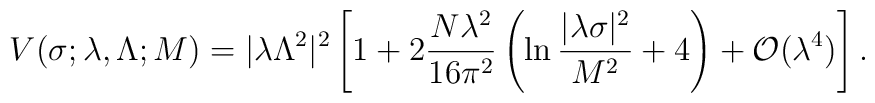
V(\sigma;\lambda,\Lambda;M)= |\lambda \Lambda^2|^2  \left[1 + 2 \frac{N\lambda^2}{16\pi^2}      \left(\ln\frac{|\lambda\sigma|^2}{M^2} +4 \right)   + {\cal O}(\lambda^4) \right] .